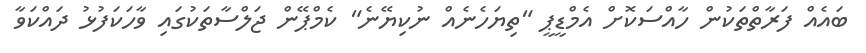
ބައެއް ފަރާތްތަކުން ހާއްސަކޮށް އެމްޑީޕީ "ތިޔަހެނެއް ނުކިޔޭނެ" ކެމްޕޭން ޖަލްސާތަކުގައި ވާހަކަފުޅު ދައްކަވާ